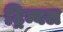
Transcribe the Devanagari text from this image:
ट्रिम्बल